DOW-UAP-D52, Email Correspondance, NA, August 2024
Agency: Department of War
Incident date: 10/31/24
Page 2
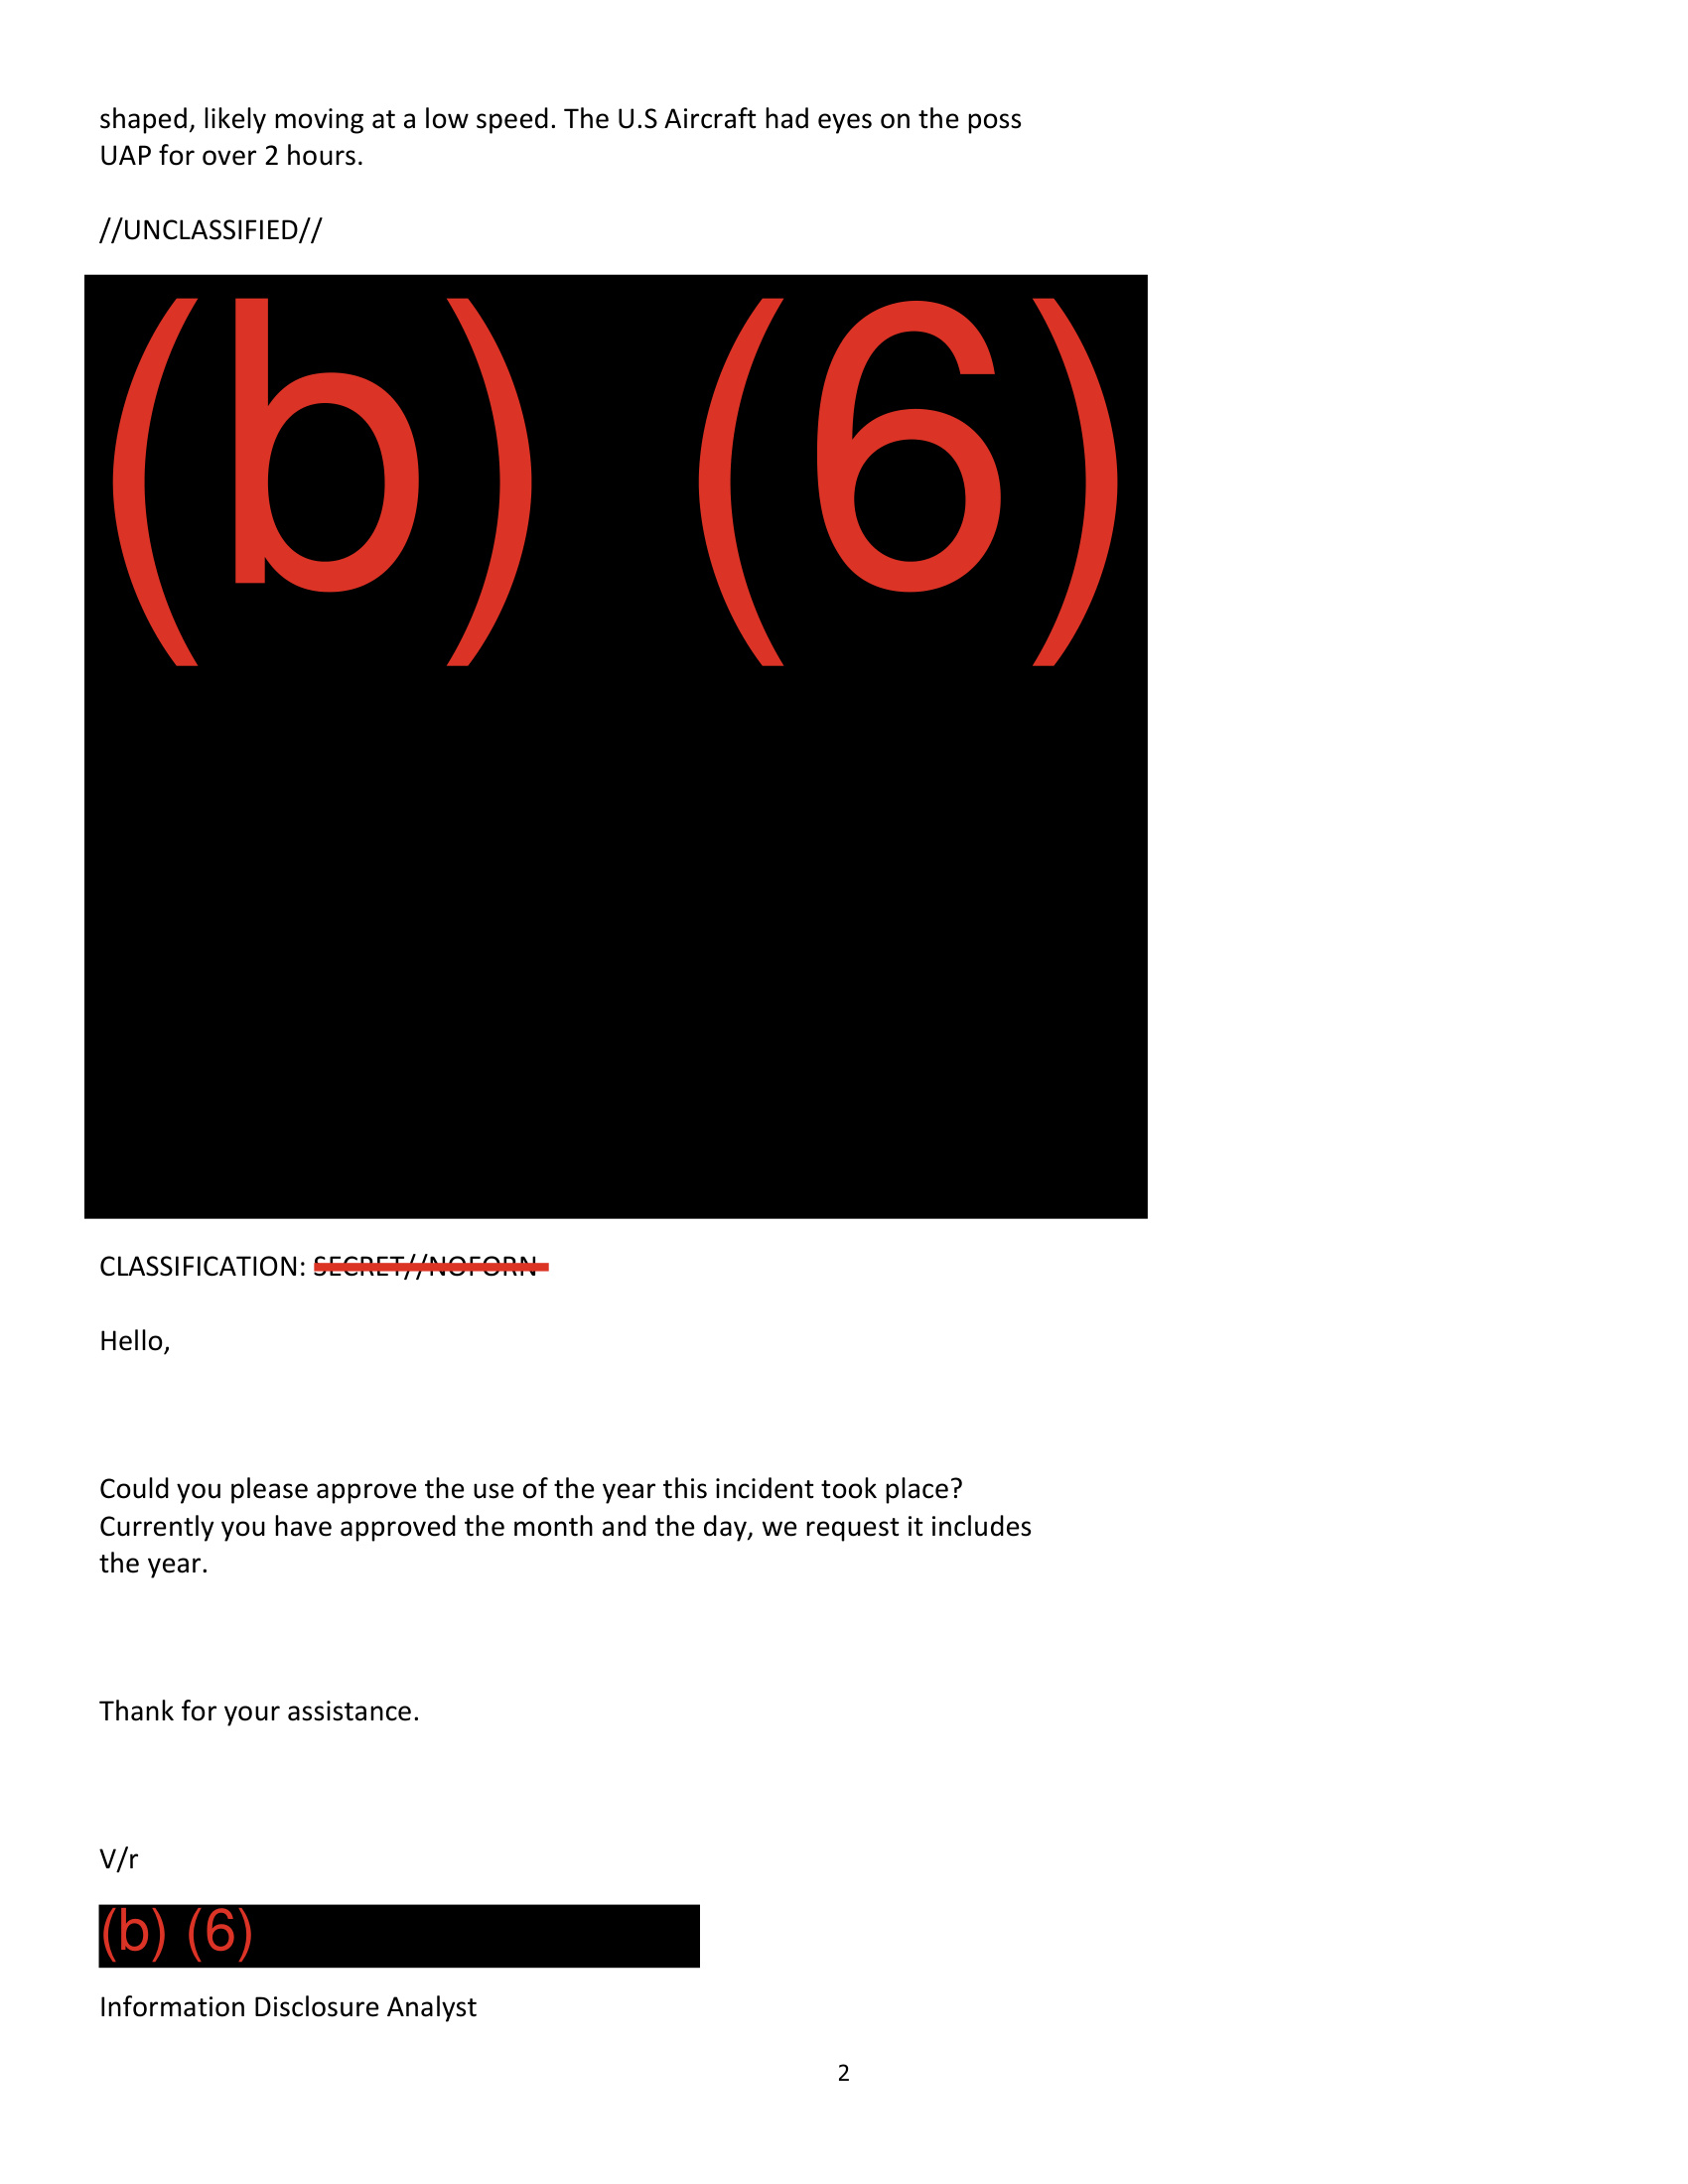